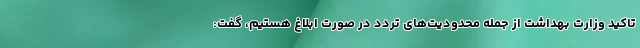
تاکید وزارت بهداشت از جمله محدودیت‌های تردد در صورت ابلاغ هستیم، گفت: